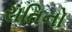
રાતિનો